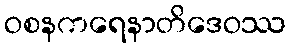
ဝစနကရေနာတိဒေဝဿ